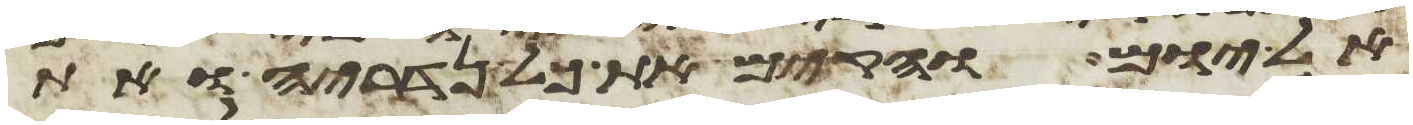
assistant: אל יום והקם את כל נדריה או את